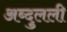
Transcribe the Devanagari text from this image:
अब्दुलली